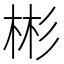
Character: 彬